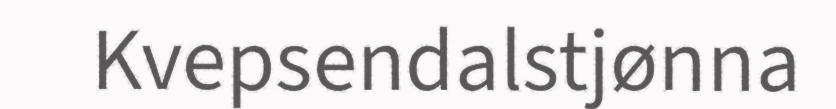
Kvepsendalstjønna